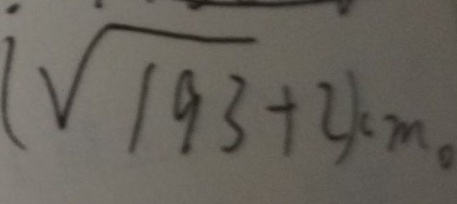
( \sqrt { 1 9 3 } + 2 ) c m 。